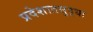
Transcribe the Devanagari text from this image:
प्रदेशातसुद्धा